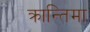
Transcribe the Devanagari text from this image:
क्रान्तिमा